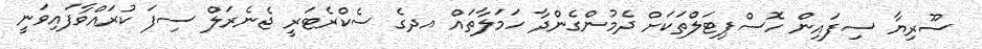
ސޫރިޔާ ސިފައިން ހޮސްޕިޓަލްތަކަށް ދެމުންގެންދާ ހަމަލާތައް އދގެ ސެކްރެޓަރީ ޖެނެރަލް ސިފަ ކުރައްވާފައިވަނީ